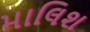
માલિશ